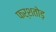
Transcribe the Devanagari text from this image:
फर्शतोड़